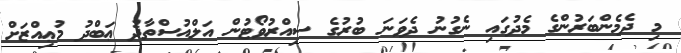
މި ދެމެންބަރުންގެ މެދުގައި ނެގުނު ދެވަނަ ބުރުގެ ސިއްރުވޯޓުން އަލްއުސްތާޛު ޢަބްދު މުޢިއްޒަށް